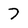
Character: 7